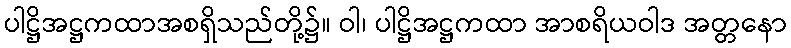
ပါဋ္ဌိအဋ္ဌကထာအစရှိသည်တို့၌။ ဝါ၊ ပါဋ္ဌိအဋ္ဌကထာ အာစရိယဝါဒ အတ္တနော